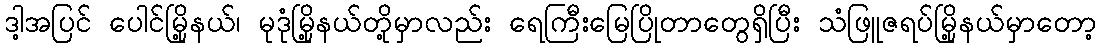
ဒါ့အပြင် ပေါင်မြို့နယ်၊ မုဒုံမြို့နယ်တို့မှာလည်း ရေကြီးမြေပြိုတာတွေရှိပြီး သံဖြူဇရပ်မြို့နယ်မှာတော့